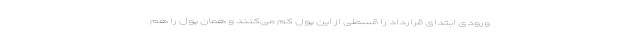
ورودی ابتدای قرارداد را قسطی از این پول کم می‌کنند و همان پول را هم